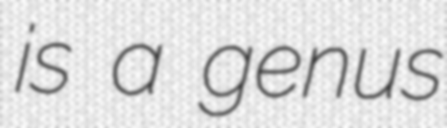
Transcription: is a genus